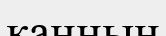
канның